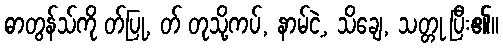
ဓာတွန်သ်ကို တ်ပြု, တ် တုသို့ကပ်, နာမ်ငဲ့, သိချေ, သတ္တု ပြီး၏။